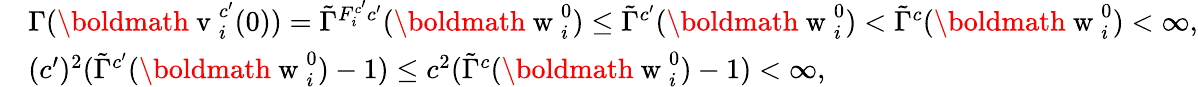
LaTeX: \begin{array}{rl}&{\Gamma(\mathrm{\boldmath~v~}_{i}^{c^{\prime}}(0))=\tilde{\Gamma}^{F_{i}^{c^{\prime}}c^{\prime}}(\mathrm{\boldmath~w~}_{i}^{0})\leq\tilde{\Gamma}^{c^{\prime}}(\mathrm{\boldmath~w~}_{i}^{0})<\tilde{\Gamma}^{c}(\mathrm{\boldmath~w~}_{i}^{0})<\infty,}\\ &{(c^{\prime})^{2}(\tilde{\Gamma}^{c^{\prime}}(\mathrm{\boldmath~w~}_{i}^{0})-1)\leq c^{2}(\tilde{\Gamma}^{c}(\mathrm{\boldmath~w~}_{i}^{0})-1)<\infty,}\end{array}